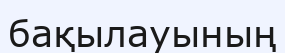
бақылауының